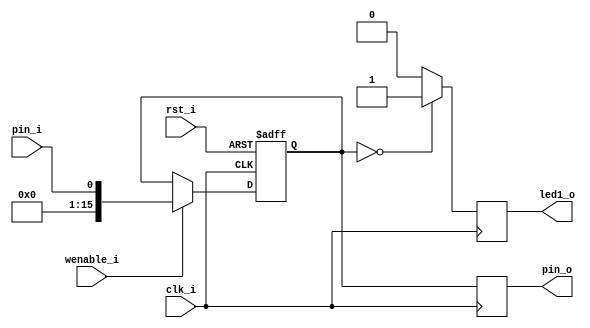
module rom(
   clk_i,
	pin_i,
	rst_i,
	wenable_i,
	pin_o,
	led1_o
);

input wire clk_i;
input wire	rst_i, wenable_i, pin_i;
output reg	led1_o;
output reg [15:0] pin_o;

reg [15:0] stored_key1;

// CASO PRECISE MANIPULAR A stored_key1 E/OU stored_key2
//write = 1
always @(posedge clk_i or posedge rst_i) 
begin
   if (rst_i) begin
     stored_key1 <= 16'b0;
   end else if (wenable_i) begin
     stored_key1 <= pin_i;
   end
end


always @(posedge clk_i) begin
   pin_o <= stored_key1;
end


always @(posedge clk_i) begin
	if (stored_key1 == 16'b0)
		led1_o <= 1;
	else
		led1_o <= 0;
end


endmodule